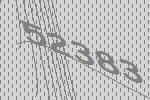
52383